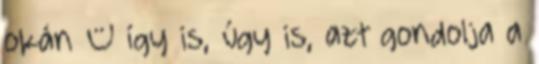
okán – így is, úgy is, azt gondolja a